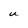
Character: U